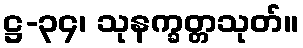
ဋ္ဌ-၃၄၊ သုနက္ခတ္တသုတ်။